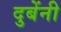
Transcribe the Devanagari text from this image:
दुबेंनी